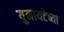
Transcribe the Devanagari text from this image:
युनायटेच्या